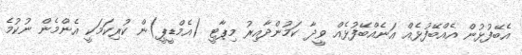
އެބޭފުޅުން އެއްބޭފުޅެއް އަނެއްބޭފުޅެއް ވީދާ ކަމުންދާއިރު މިޕާޓީ (އެމްޑީޕީ)ން ކުރިކަމަކީ އެންމެން ނުކުމެ